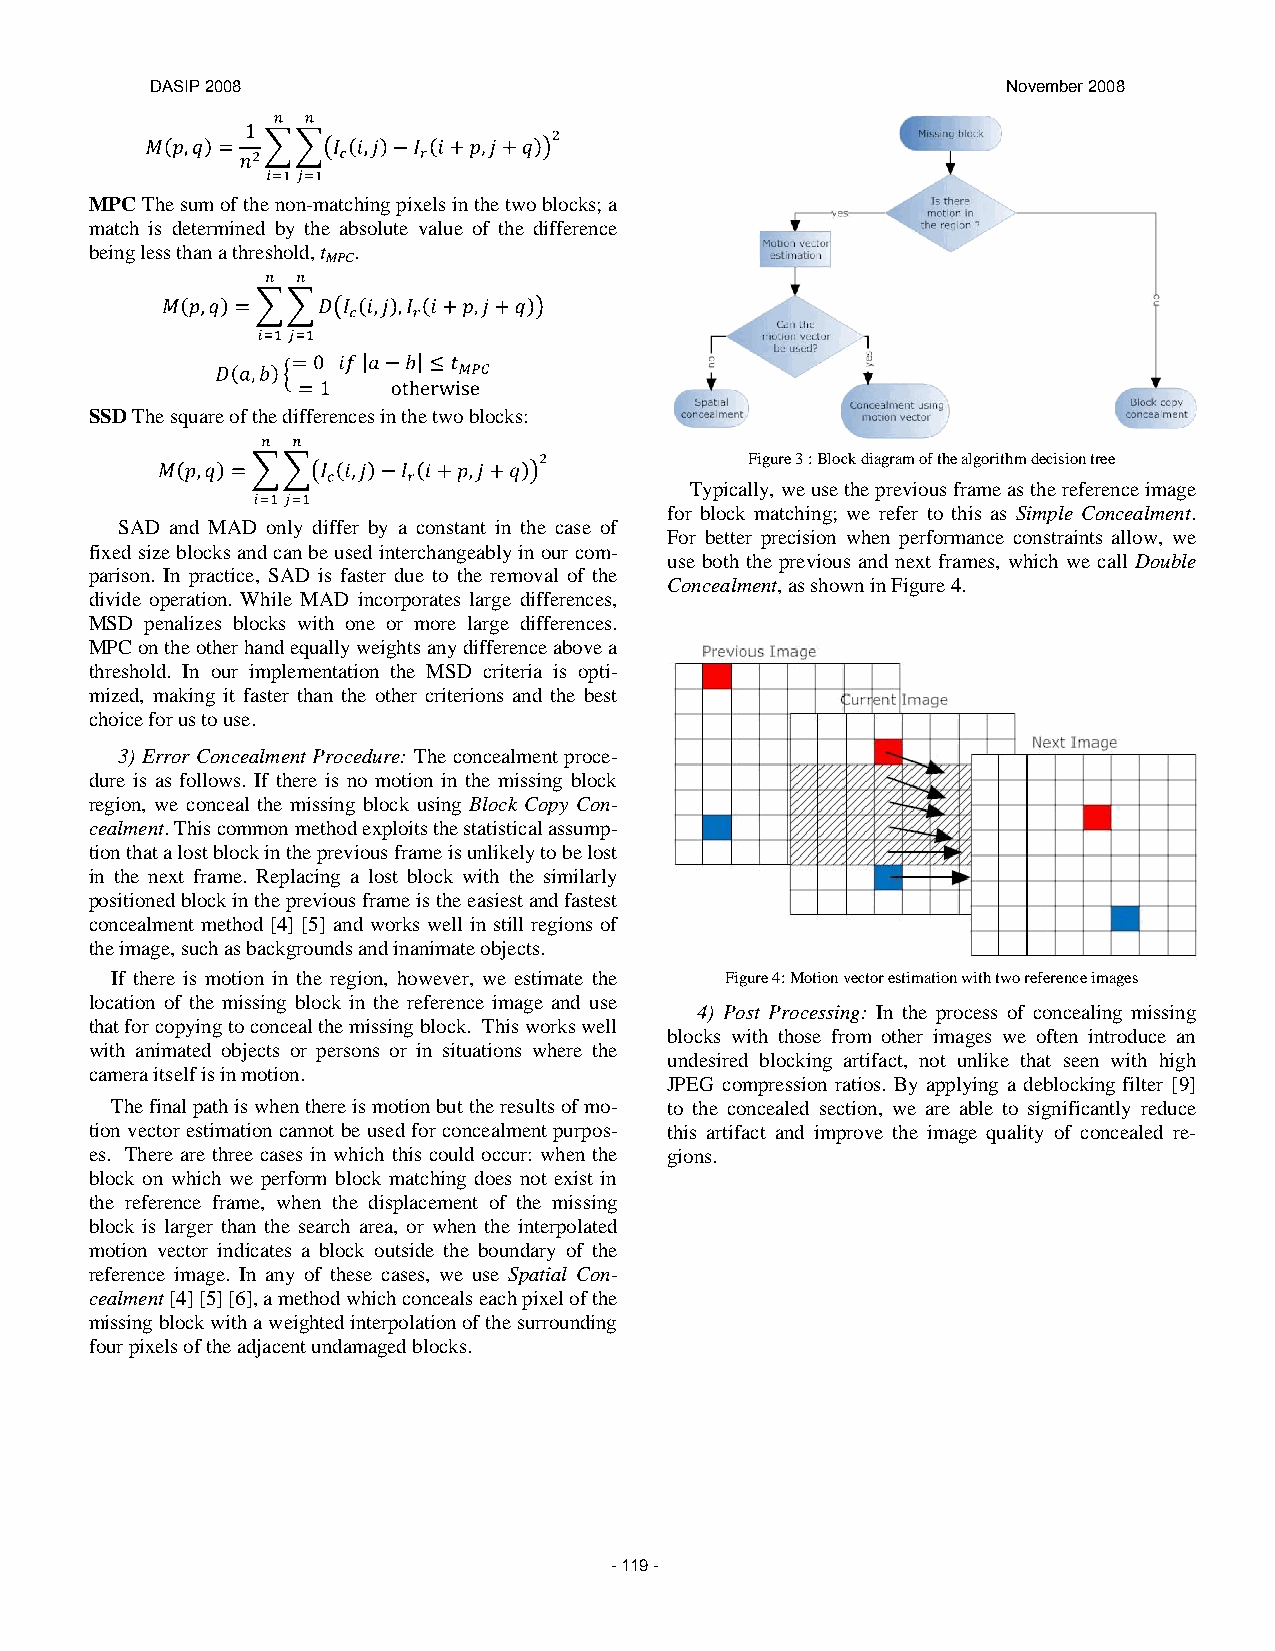
DASIP 2008                                               November 2008
 MPC The sum of the non-matching pixels in the two blocks; a
 match is determined by the absolute value of the difference
 being less than a threshold, t .
 MPC
 SSD The square of the differences in the two blocks:
 Figure 3 : Block diagram of the algorithm decision tree
 Typically, we use the previous frame as the reference image
 for block matching; we refer to this as Simple Concealment.
 SAD and MAD only differ by a constant in the case of
 For better precision when performance constraints allow, we
 fixed size blocks and can be used interchangeably in our com-
 use both the previous and next frames, which we call Double
 parison. In practice, SAD is faster due to the removal of the
 Concealment, as shown in Figure 4.
 divide operation. While MAD incorporates large differences,
 MSD penalizes blocks with one or more large differences.
 MPC on the other hand equally weights any difference above a
 threshold. In our implementation the MSD criteria is opti-
 mized, making it faster than the other criterions and the best
 choice for us to use.
 3) Error Concealment Procedure: The concealment proce-
 dure is as follows. If there is no motion in the missing block
 region, we conceal the missing block using Block Copy Con-
 cealment. This common method exploits the statistical assump-
 tion that a lost block in the previous frame is unlikely to be lost
 in the next frame. Replacing a lost block with the similarly
 positioned block in the previous frame is the easiest and fastest
 concealment method [4] [5] and works well in still regions of
 the image, such as backgrounds and inanimate objects.
 If there is motion in the region, however, we estimate the Figure 4: Motion vector estimation with two reference images
 location of the missing block in the reference image and use
 4) Post Processing: In the process of concealing missing
 that for copying to conceal the missing block. This works well
 blocks with those from other images we often introduce an
 with animated objects or persons or in situations where the
 undesired blocking artifact, not unlike that seen with high
 camera itself is in motion.
 JPEG compression ratios. By applying a deblocking filter [9]
 The final path is when there is motion but the results of mo- to the concealed section, we are able to significantly reduce
 tion vector estimation cannot be used for concealment purpos- this artifact and improve the image quality of concealed re-
 es. There are three cases in which this could occur: when the gions.
 block on which we perform block matching does not exist in
 the reference frame, when the displacement of the missing
 block is larger than the search area, or when the interpolated
 motion vector indicates a block outside the boundary of the
 reference image. In any of these cases, we use Spatial Con-
 cealment [4] [5] [6], a method which conceals each pixel of the
 missing block with a weighted interpolation of the surrounding
 four pixels of the adjacent undamaged blocks.
 - 119 -